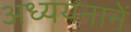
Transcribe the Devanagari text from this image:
अध्ययनानें